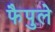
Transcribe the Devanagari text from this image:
फैपुले